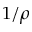
1 / \rho